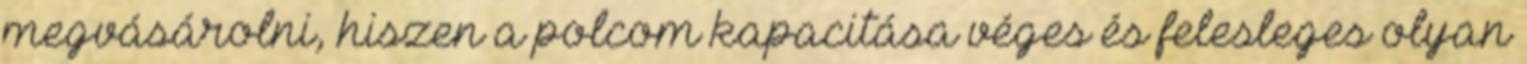
megvásárolni, hiszen a polcom kapacitása véges és felesleges olyan